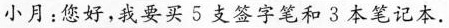
小月：您好，我要买5支签字笔和3本笔记本。